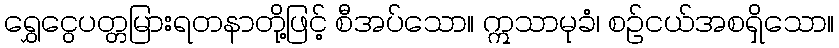
ရွှေငွေပတ္တမြားရတနာတို့ဖြင့် စီအပ်သော။ ဣသာမုခံ၊ စဉ်ငယ်အစရှိသော။